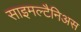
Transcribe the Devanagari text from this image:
साइमल्टैनिअस